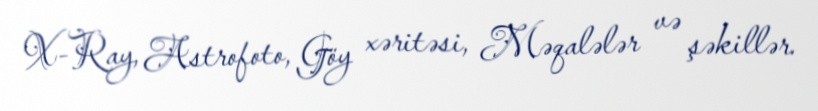
X-Ray, Astrofoto, Göy xəritəsi, Məqalələr və şəkillər.